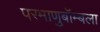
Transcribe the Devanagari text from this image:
परमाणुबॉम्बला